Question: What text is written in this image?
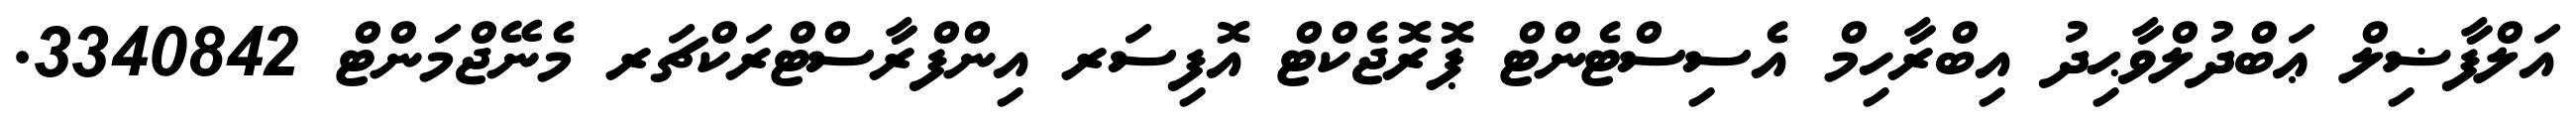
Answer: އަލްފާޟިލް ޢަބްދުލްވާޙިދު އިބްރާހިމް އެސިސްޓެންޓް ޕޮރޮޖެކްޓް އޮފިސަރ އިންފްރާސްޓްރަކްޗަރ މެނޭޖްމަންޓް 3340842.